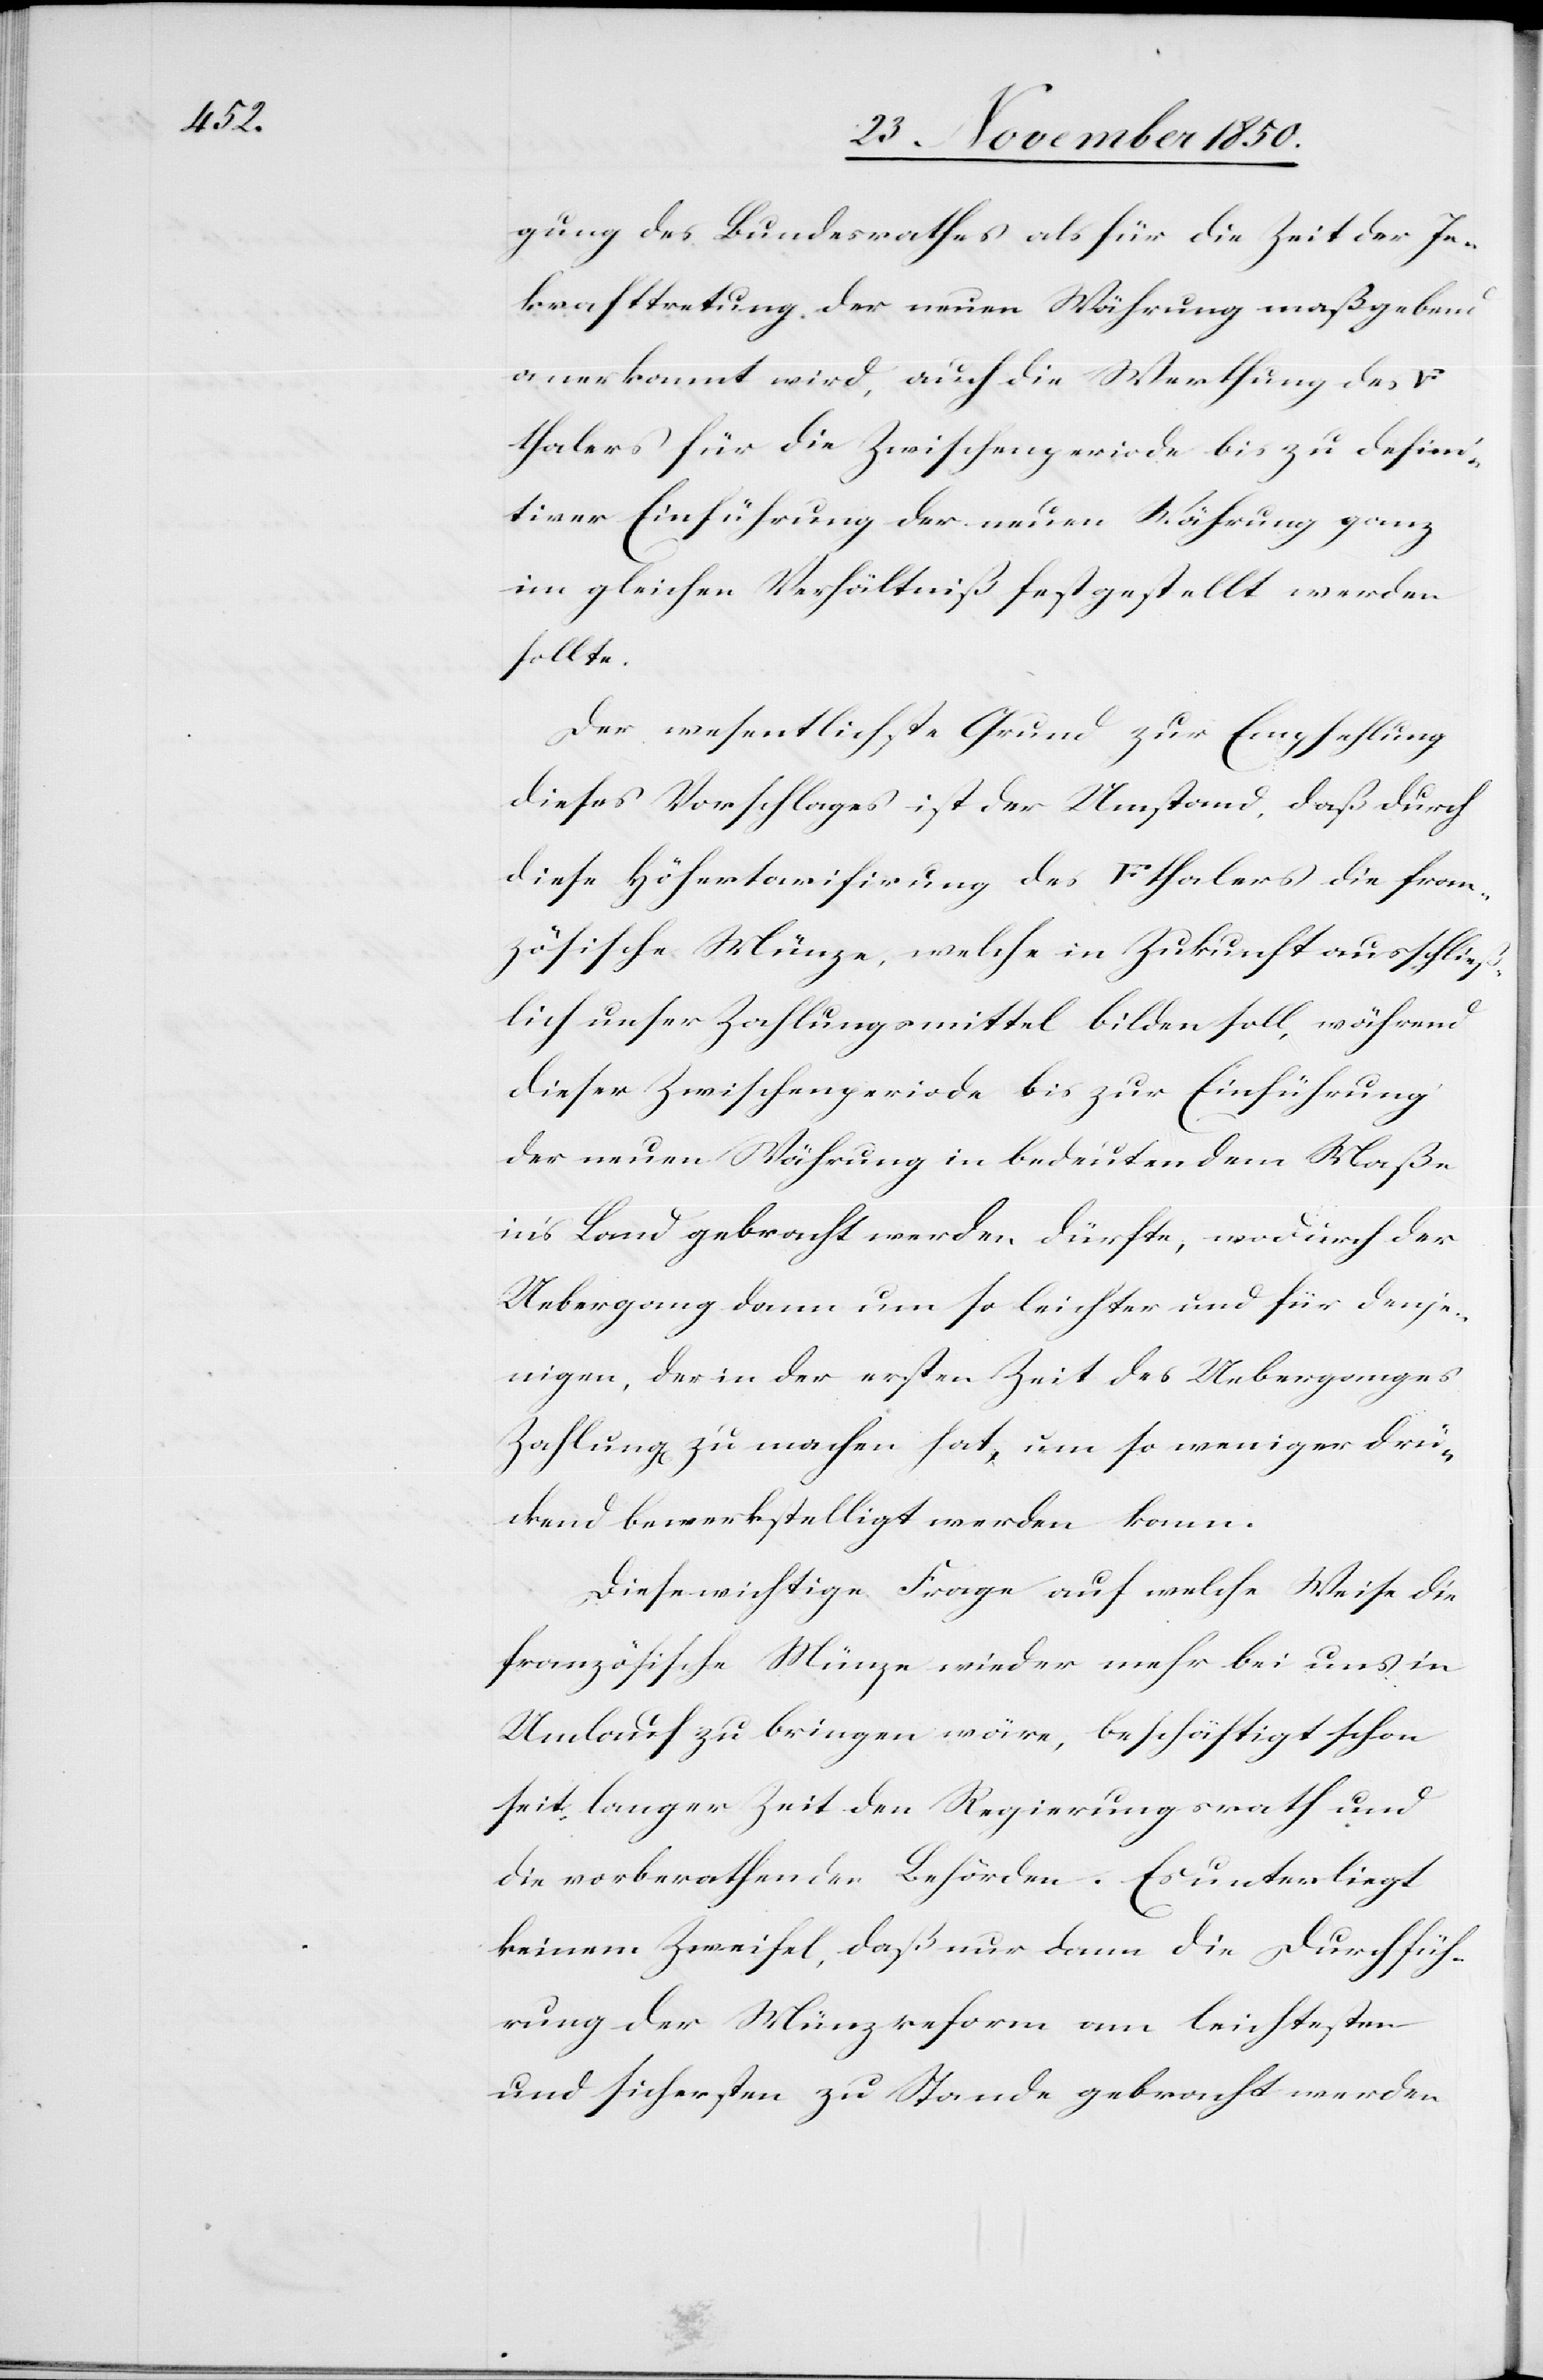
franke¬

gung des Bundesrathes als für die Zeit der In¬
krafttretung der neuen Währung maßgebend
anerkannt wird, auch die Werthung des
n]thalers für die Zwischenperiode bis zu defini¬
tiver Einführung der neuen Währung ganz
im gleichen Verhältniß festgestellt werden
sollte.
Der wesentlichste Grund zur Empfehlung
dieses Vorschlages ist der Umstand, daß durch
diese Höhertarifirung des [Fünffranken]thalers die fran¬
zösische Münze, welche in Zukunft ausschließ¬
lich unser Zahlungsmittel bilden soll, während
dieser Zwischenperiode bis zur Einführung
der neuen Währung in bedeutendem Maße
in’s Land gebracht werden dürfte, wodurch der
Uebergang dann um so leichter und für denje¬
nigen, der in der ersten Zeit des Ueberganges
Zahlung[en] zu machen hat, um so weniger drü¬
ckend bewerkstelligt werden kann.
Diese wichtige Frage auf welche Weise die
französische Münze wieder mehr bei uns in
Umlauf zu bringen wäre, beschäftigt schon
seit langer Zeit den Regierungsrath und
die vorberathenden Behörden. Es unterliegt
keinem Zweifel, daß nur dann die Durchfüh¬
rung der Münzreform am leichtesten
und sichersten zu Stande gebracht werden